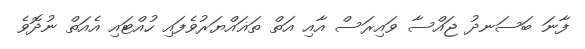
ފާނަ ބަސަނދު ޖައްސާ ވައިރަސް އާއި އަތް ތަޣައްޔަރުވެފައި ހުއްޓައި އެއަތް ނުދޮވެ